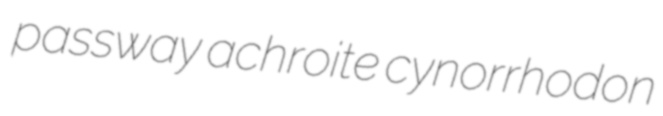
passway achroite cynorrhodon